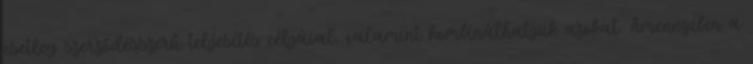
esetleg szerződésszerű teljesítés céljával, valamint kombinálhatjuk azokat. Amennyiben a